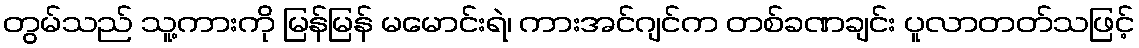
တွမ်သည် သူ့ကားကို မြန်မြန် မမောင်းရဲ၊ ကားအင်ဂျင်က တစ်ခဏချင်း ပူလာတတ်သဖြင့်